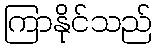
ကြာနိုင်သည်